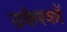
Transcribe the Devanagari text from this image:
उकेरकों